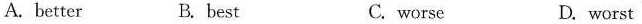
A. better B. best C. worse D. worst